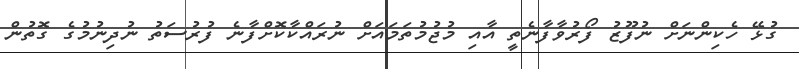
ގުޅޭ ހެކިންނަށް ނުފޫޒު ފޯރުވާފާނެތީ އާއި މުޖުމުތަމައަށް ނުރައްކާކޮށްފާނެ ފުރުސަތު ނުދިނުމުގެ ގޮތުން